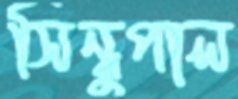
সিন্ধুপাল